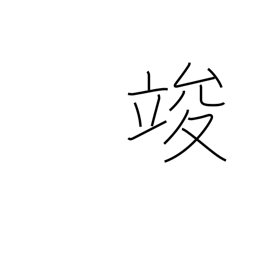
Meaning: end